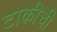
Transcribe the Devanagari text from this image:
टाकीची